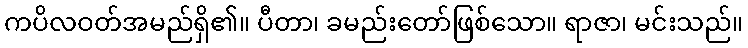
ကပိလဝတ်အမည်ရှိ၏။ ပီတာ၊ ခမည်းတော်ဖြစ်သော။ ရာဇာ၊ မင်းသည်။